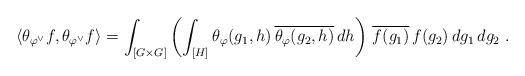
LaTeX: \begin{align*} \langle \theta_{\varphi^{\vee}}f , \theta_{\varphi^{\vee}}f \rangle = \int_{[G \times G]} \left( \int_{[H]} \theta_{\varphi}(g_1,h) \, \overline{\theta_{\varphi}(g_2,h)} \, dh \right) \, \overline{f(g_1)} \, f(g_2) \, dg_1 \, dg_2 \ .\end{align*}